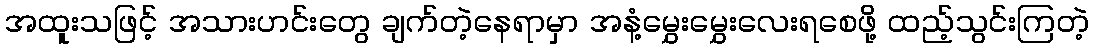
အထူးသဖြင့် အသားဟင်းတွေ ချက်တဲ့နေရာမှာ အနံ့မွှေးမွှေးလေးရစေဖို့ ထည့်သွင်းကြတဲ့